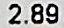
2.89